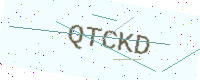
Text: QTCKD